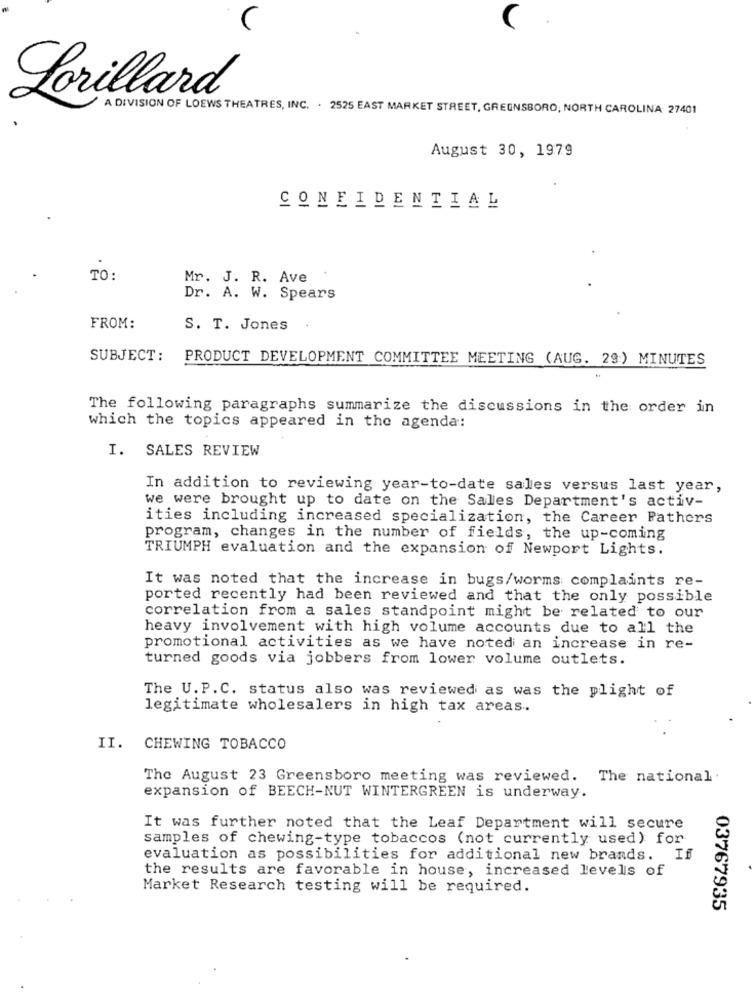
Lorillard
A DIVISION OF LOEWS THEATRES, INC. . 2525 EAST MARKET STREET, GREENSBORO, NORTH CAROLINA 27401
August 30, 1979
CONFIDENTIAL
TO:
Mr. J. R. Ave
Dr. A. W. Spears
FROM:
S. T. Jones
SUBJECT:
PRODUCT DEVELOPMENT COMMITTEE MEETING (AUG. 29) MINUTES
The following paragraphs summarize the discussions in the order in
which the topics appeared in the agenda:
I. SALES REVIEW
In addition to reviewing year-to-date sales versus last year,
we were brought up to date on the Sales Department's activ-
ities including increased specialization, the Career Pathers
program, changes in the number of fields, the up-coming
TRIUMPH evaluation and the expansion of Newport Lights.
It was noted that the increase in bugs/worms complaints re-
ported recently had been reviewed and that the only possible
correlation from a sales standpoint might be related to our
heavy involvement with high volume accounts due to all the
promotional activities as we have noted an increase in re-
turned goods via jobbers from lower volume outlets.
The U.P.C. status also was reviewed as was the plight of
legitimate wholesalers in high tax areas.
II. CHEWING TOBACCO
The August 23 Greensboro meeting was reviewed. The national.
expansion of BEECH-NUT WINTERGREEN is underway.
It was further noted that the Leaf Department will secure
samples of chewing-type tobaccos (not currently used) for
evaluation as possibilities for additional new brands. If
the results are favorable in house, increased levels of
Market Research testing will be required.
03767935